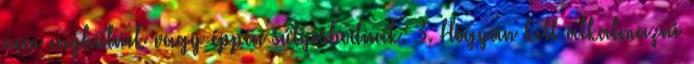
nem enyhülnek vagy éppen súlyosbodnak. 3. Hogyan kell alkalmazni